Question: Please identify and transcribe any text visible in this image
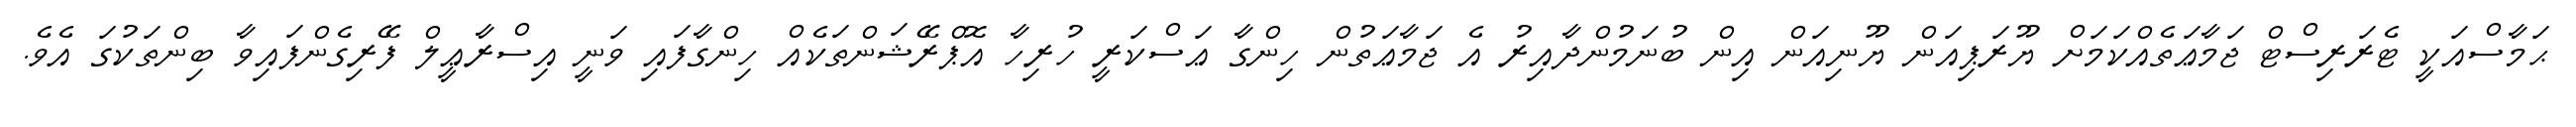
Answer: ޙަމާސްއަކީ ޓެރަރިސްޓް ޖަމާޢަތެއްކަމަށް ޔޫރަޕިއަން ޔޫނިއަން އިން ބުނަމުންދާއިރު އެ ޖަމާޢަތުން ހިންގާ ޢަސްކަރީ ހުރިހާ އޮޕްރޭޝަންތަކެއް ހިންގާފައި ވަނީ އިސްރާޢީލް ފޭރިގެންފައިވާ ބިންތަކުގަ އެވެ.